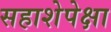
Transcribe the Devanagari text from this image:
सहाशेपेक्षा